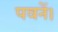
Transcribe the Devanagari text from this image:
पवनें।